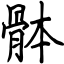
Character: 骵